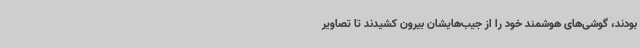
بودند، گوشی‌های هوشمند خود را از جیب‌هایشان بیرون کشیدند تا تصاویر